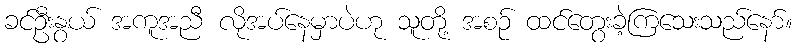
ခင်ဦးနွယ် အကူအညီ လိုအပ်နေမှာပဲဟု သူတို့ အစဉ် ထင်တွေးခဲ့ကြသေးသည်နော်။